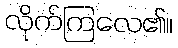
လိုက်ကြလေ၏။